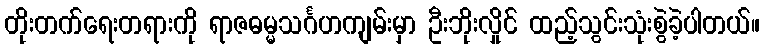
တိုးတက်ရေးတရားကို ရာဇဓမ္မသင်္ဂဟကျမ်းမှာ ဦးဘိုးလှိုင် ထည့်သွင်းသုံးစွဲခဲ့ပါတယ်။